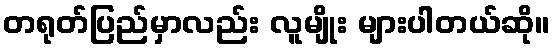
တရုတ်ပြည်မှာလည်း လူမျိုး များပါတယ်ဆို။